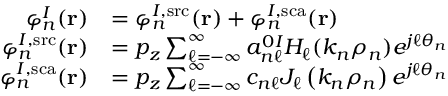
\begin{array} { r l } { \varphi _ { n } ^ { I } ( \mathbf { r } ) } & { = \varphi _ { n } ^ { I , \mathrm { s r c } } ( \mathbf { r } ) + \varphi _ { n } ^ { I , \mathrm { s c a } } ( \mathbf { r } ) } \\ { \varphi _ { n } ^ { I , \mathrm { s r c } } ( \mathbf { r } ) } & { = p _ { z } \sum _ { \ell = - \infty } ^ { \infty } a _ { n \ell } ^ { 0 I } H _ { \ell } ( k _ { n } \rho _ { n } ) e ^ { j \ell \theta _ { n } } } \\ { \varphi _ { n } ^ { I , \mathrm { s c a } } ( \mathbf { r } ) } & { = p _ { z } \sum _ { \ell = - \infty } ^ { \infty } c _ { n \ell } J _ { \ell } \left( k _ { n } \rho _ { n } \right) e ^ { j \ell \theta _ { n } } } \end{array}